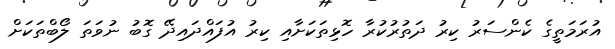
އުރަމަތީގެ ކެންސަރު ކިރު ދަތުރުކުރާ ހޮޅިތަކަށާއި ކިރު އުފައްދައިދޭ ގޮބު ނުވަތަ ލޯބްތަކަށް